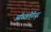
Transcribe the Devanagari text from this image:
ऑब्जवेटेयुर